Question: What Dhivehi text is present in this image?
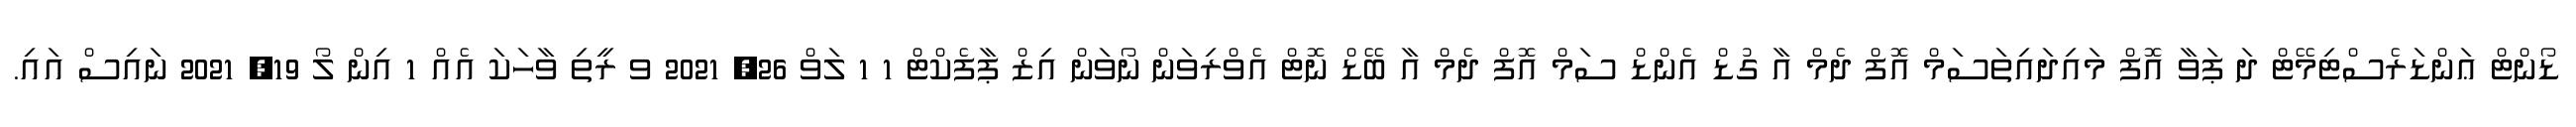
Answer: ޑޯންޓް ޢަންޑަރެސްޓިމޭޓް ދަ ޕަވާ އޮފް މައިދައިތަސަމް އޮފް ދެމް އާ ގުޑް އެންޑް ސަމް އޮފް ދެމް އާ ބޭޑް ނޮޓް އެވްރިވަން ނޯވަން އިޒް ޕާފެކްޓް 1 1 ލަވް 26, 2021 ވ ރީތި ވާހަކަ އެއް 1 އިން ލޯ 19, 2021 ނައިސް އައި.